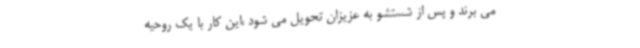
می برند و پس از شستشو به عزیزان تحویل می شود ،این کار با یک روحیه